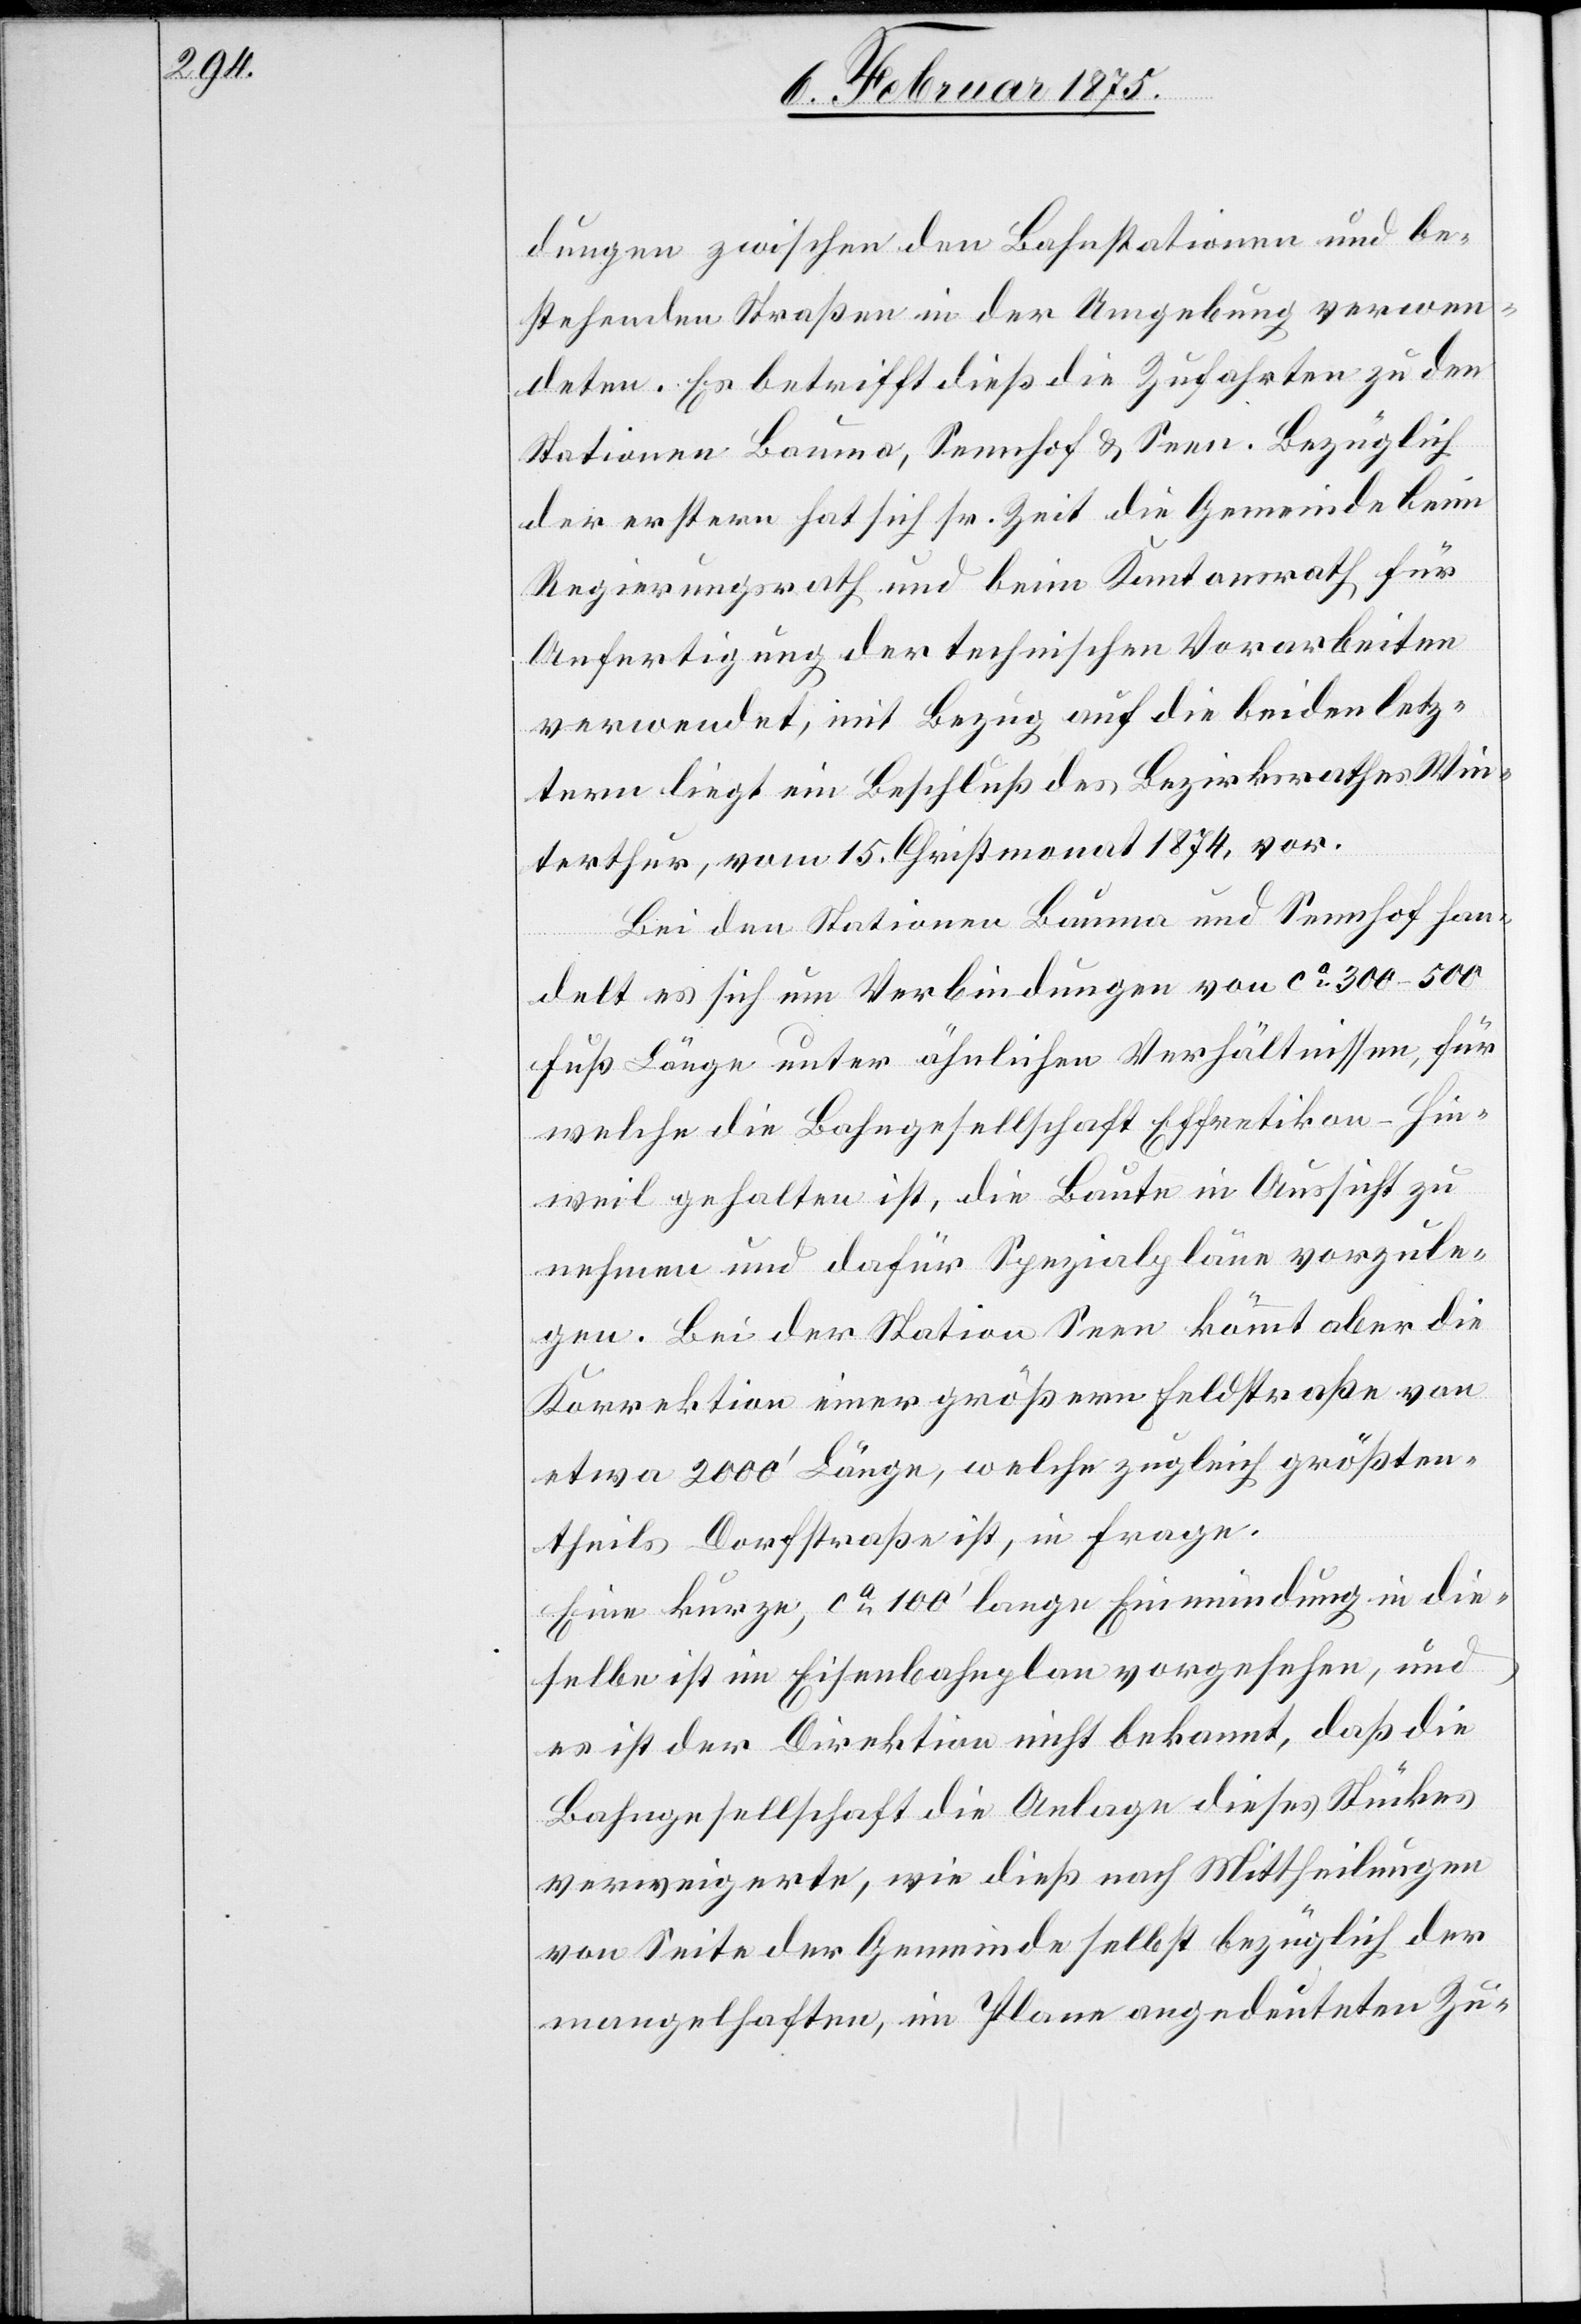
dungen zwischen den Bahnstationen und be¬
stehenden Straßen in der Umgebung verwen¬
deten. Es betrifft dieß die Zufahrten zu den
Stationen Bauma, Sennhof & Seen. Bezüglich
der erstern hat sich sr. Zeit die Gemeinde beim
Regierungsrath und beim Kantonsrath für
Anfertigung der technischen Vorarbeiten
verwendet, mit Bezug auf die beiden letz¬
tern liegt ein Beschluß des Bezirksrathes Win¬
terthur, vom 15. Christmonat 1874, vor.
Bei den Stationen Bauma und Sennhof han¬
delt es sich um Verbindungen von ca 300–500
Fuß Länge unter ähnlichen Verhältnissen, für
welche die Bahngesellschaft Effretikon-Hin¬
weil gehalten ist, die Baute in Aussicht zu
nehmen und dafür Spezialpläne vorzule¬
gen. Bei der Station Seen kömmt aber die
Korrektion einer größern Feldstraße von
etwa 2000‘ Länge, welche zugleich größten¬
theils Dorfstraß ist, in Frage.
Eine kurze, ca 100‘ lange Einmündung in die¬
selbe ist im Eisenbahnplan vorgesehen, und
es ist der Direktion nicht bekannt, daß die
Bahngesellschaft die Anlage dieses Stückes
verweigerte, wie dieß nach Mittheilungen
von Seite der Gemeinde selbst bezüglich der
mangelhaften, im Plane angedeuteten Zu-